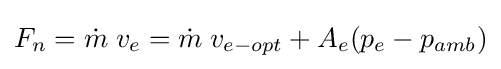
F_{n}={\dot {m}}\;v_{e}={\dot {m}}\;v_{e-opt}+A_{e}(p_{e}-p_{amb})